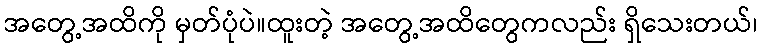
အတွေ့အထိကို မှတ်ပုံပဲ။ထူးတဲ့ အတွေ့အထိတွေကလည်း ရှိသေးတယ်၊